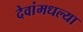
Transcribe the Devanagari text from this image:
देवांमधल्या